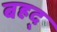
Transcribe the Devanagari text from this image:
बहद्